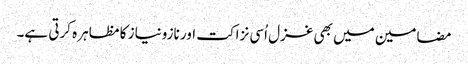
مضامین میں بھی غزل اُسی نزاکت اور نازونیاز کا مظاہرہ کرتی ہے۔